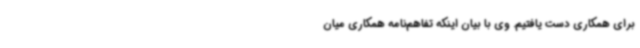
برای همکاری دست یافتیم. وی با بیان اینکه تفاهم‌نامه‌ همکاری میان